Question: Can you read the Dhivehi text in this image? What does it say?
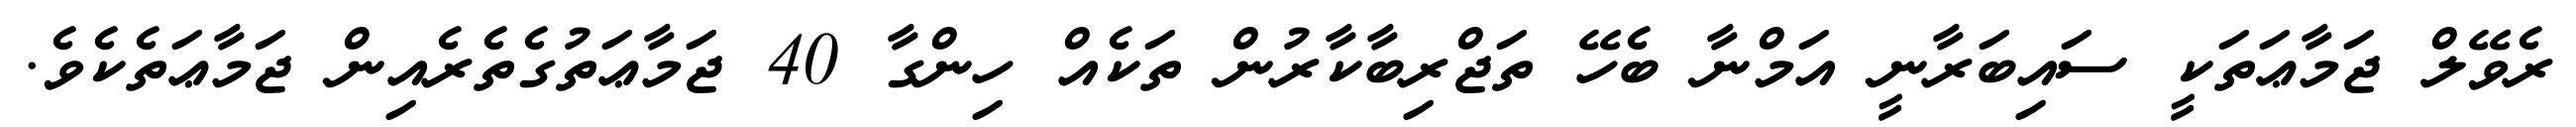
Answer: ރެވޭލް ޖަމާޢަތަކީ ސައިބަރާނީ އަމްނާ ބެހޭ ތަޖްރިބާކާރުން ތަކެއް ހިންގާ 40 ޖަމާޢަތުގެތެރެއިން ޖަމާޢަތެކެވެ.